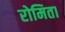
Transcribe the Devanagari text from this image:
रोमिता